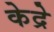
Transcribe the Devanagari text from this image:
केद्रे